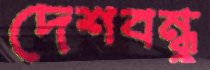
দেশবন্ধুু